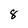
Character: 8